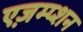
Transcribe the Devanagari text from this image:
एज़म्प्शन